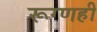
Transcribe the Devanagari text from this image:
रूग्णही